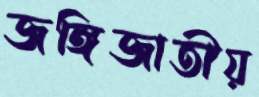
জঙ্গিজাতীয়